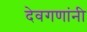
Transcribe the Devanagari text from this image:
देवगणांनी